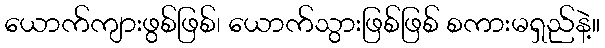
ယောက်ကျားဖွစ်ဖြစ်၊ ယောက်သွားဖြစ်ဖြစ် စကားမရှည်နဲ့။